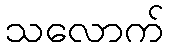
သလောက်